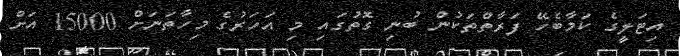
އިޓަލީގެ ކަމާބެހޭ ފަރާތްތަކުން ބުނި ގޮތުގައި މި އަހަރުގެ މިހާތަނަށް 15000 އަށް